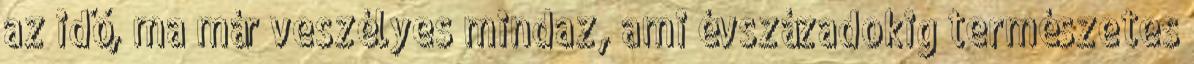
az idő, ma már veszélyes mindaz, ami évszázadokig természetes